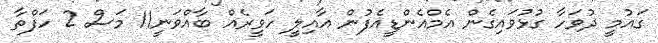
ގައުމީ ދުވަހާ ގުޅުވައިގެން އެމްއެންޑީއެފުން އާއިލީ ހަވީރެއް ބާއްވަނީ11 މަސް 2 ހަފްތާ